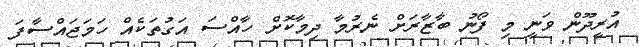
އުރީދޫން ވަނީ މި ފޯނު ބާޒާރަށް ނެރުމާ ދިމާކޮށް ހާއްސަ އަގުތަކެއް ހަމަޖައްސާފަ